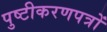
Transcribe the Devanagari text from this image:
पुष्टीकरणपत्रों